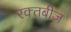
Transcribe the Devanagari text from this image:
रक्‍तबीज